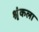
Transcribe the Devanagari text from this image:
श्रृंकला